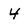
Character: 4